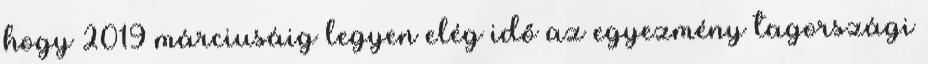
hogy 2019 márciusáig legyen elég idő az egyezmény tagországi